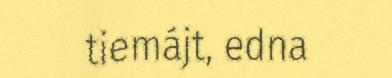
tiemájt, edna